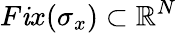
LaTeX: F\mathit{i}x(\sigma_{x})\subset\mathbb{{R}}^{N}